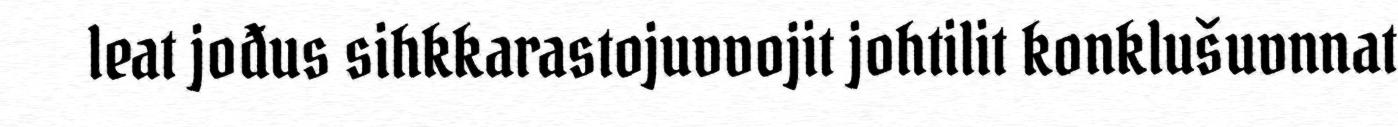
leat jođus sihkkarastojuvvojit johtilit konklušuvnnat